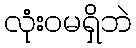
လုံးဝမရှိဘဲ